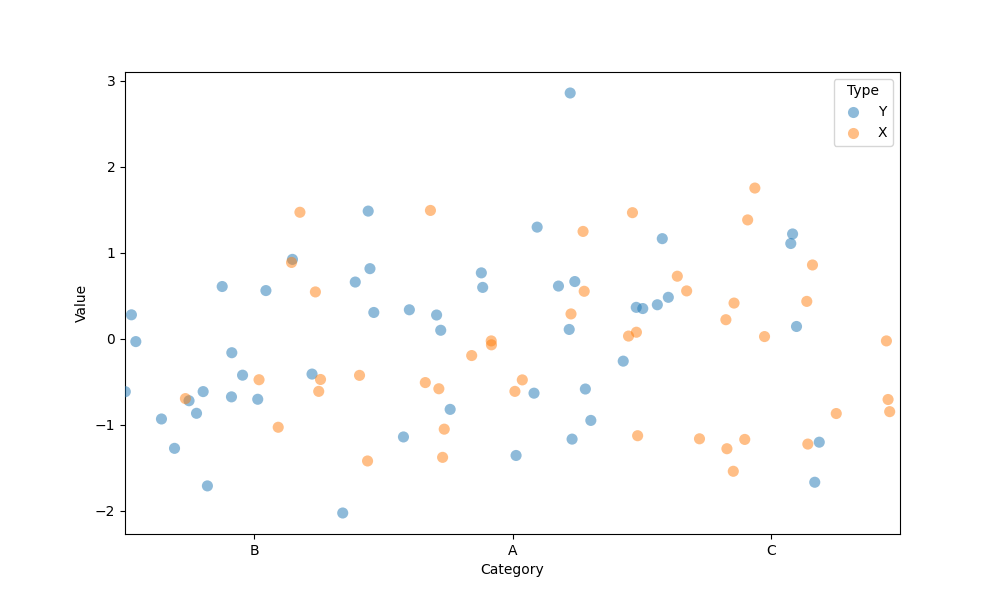
python, seaborn, stripplot, jitter=True, dodge=True, alpha=0.5, size=8